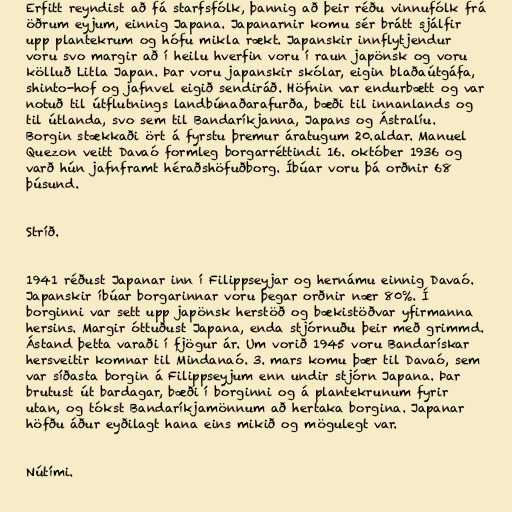
Erfitt reyndist að fá starfsfólk, þannig að þeir réðu vinnufólk frá
öðrum eyjum, einnig Japana. Japanarnir komu sér brátt sjálfir
upp plantekrum og hófu mikla rækt. Japanskir innflytjendur
voru svo margir að í heilu hverfin voru í raun japönsk og voru
kölluð Litla Japan. Þar voru japanskir skólar, eigin blaðaútgáfa,
shinto-hof og jafnvel eigið sendiráð. Höfnin var endurbætt og var
notuð til útflutnings landbúnaðarafurða, bæði til innanlands og
til útlanda, svo sem til Bandaríkjanna, Japans og Ástralíu.
Borgin stækkaði ört á fyrstu þremur áratugum 20.aldar. Manuel
Quezon veitt Davaó formleg borgarréttindi 16. október 1936 og
varð hún jafnframt héraðshöfuðborg. Íbúar voru þá orðnir 68
þúsund.

Stríð.

1941 réðust Japanar inn í Filippseyjar og hernámu einnig Davaó.
Japanskir íbúar borgarinnar voru þegar orðnir nær 80%. Í
borginni var sett upp japönsk herstöð og bækistöðvar yfirmanna
hersins. Margir óttuðust Japana, enda stjórnuðu þeir með grimmd.
Ástand þetta varaði í fjögur ár. Um vorið 1945 voru Bandarískar
hersveitir komnar til Mindanaó. 3. mars komu þær til Davaó, sem
var síðasta borgin á Filippseyjum enn undir stjórn Japana. Þar
brutust út bardagar, bæði í borginni og á plantekrunum fyrir
utan, og tókst Bandaríkjamönnum að hertaka borgina. Japanar
höfðu áður eyðilagt hana eins mikið og mögulegt var.

Nútími.